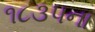
૧૮૩૫ના